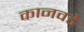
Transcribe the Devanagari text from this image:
कानवडे